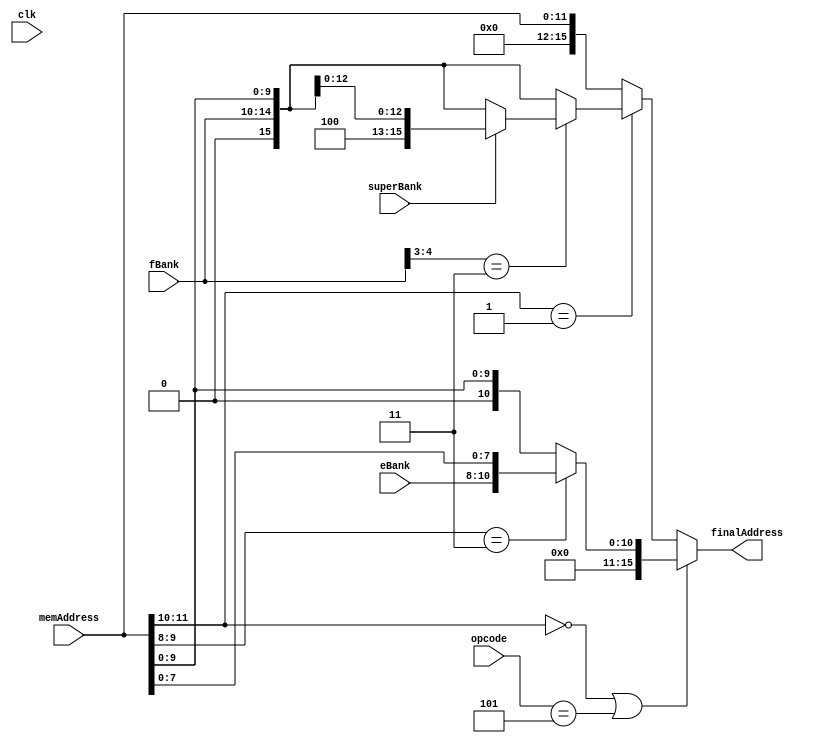
`timescale 1 ns / 1 ps

module memLogic (
	input clk,
	input[2:0] eBank,
	input[4:0] fBank,
	input superBank,
	input[11:0] memAddress,
	input[2:0] opcode,
	output reg[15:0] finalAddress	
);

always @(*) begin

	if (memAddress[11:10] == 2'b00 || opcode == 3'b101) begin
		if(memAddress[9:8] == 2'b11) begin
			finalAddress <= {5'b0, eBank, memAddress[7:0]};
		end // if(memAddress[10:9] === 2'b11)
		else begin
			finalAddress <= {6'b0, memAddress[9:0]};
		end // else
	end //  if (memAddress[12:11] === 0) begin


	else if (memAddress[11:10] == 2'b01) begin
		if (fBank[4:3] == 2'b11) begin
			if (superBank == 1'b1) begin
				finalAddress <= {3'b100, fBank[2:0], memAddress[9:0]};
			end
			else begin
				finalAddress <= {1'b0, fBank, memAddress[9:0]};
			end
		end // if (fBank[4:3] == 2'b11)
		else begin
			finalAddress <= {1'b0, fBank, memAddress[9:0]};
		end // else
	end // else if (memAddress[12:11] === 2'b01)

	else begin
		finalAddress <= {4'b0, memAddress};
	end // else
end

endmodule